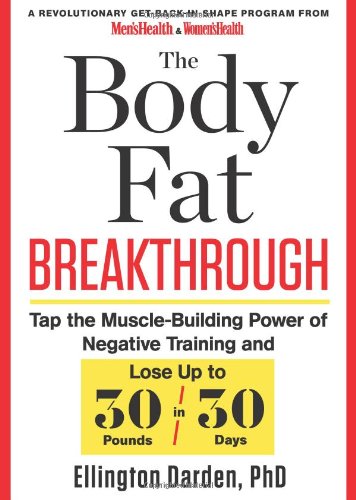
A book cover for The Body Fat Breakthrough: Tap the Muscle-Building Power of Negative Training and Lose Up to 30 Pounds in 30 days!; Ellington Darden; Health, Fitness & Dieting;